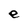
Character: e